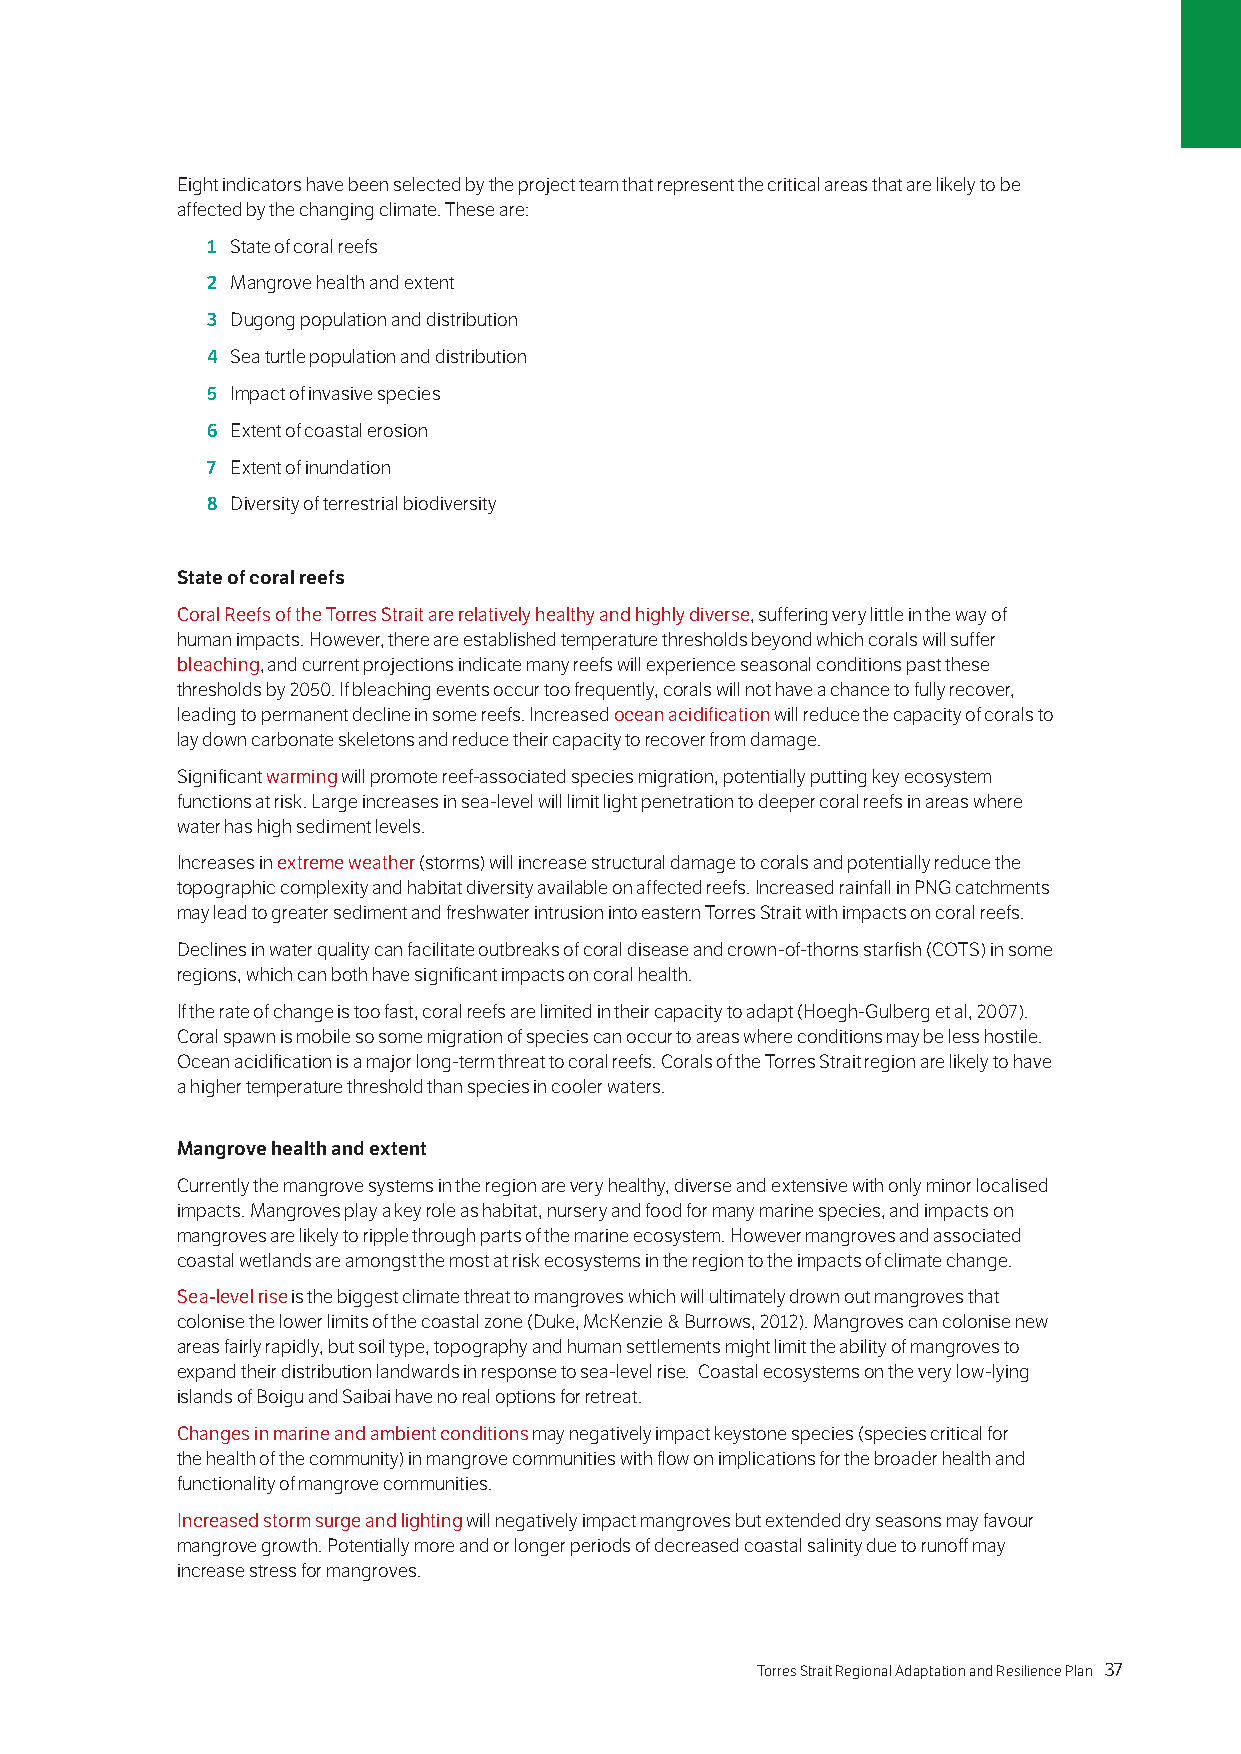
Eight indicators have been selected by the project team that represent the critical areas that are likely to be
 affected by the changing climate. These are:
 1 State of coral reefs
 2 Mangrove health and extent
 3 Dugong population and distribution
 4 Sea turtle population and distribution
 5 Impact of invasive species
 6 Extent of coastal erosion
 7 Extent of inundation
 8 Diversity of terrestrial biodiversity
 State of coral reefs
 Coral Reefs of the Torres Strait are relatively healthy and highly diverse, suffering very little in the way of
 human impacts. However, there are established temperature thresholds beyond which corals will suffer
 bleaching, and current projections indicate many reefs will experience seasonal conditions past these
 thresholds by 2050. If bleaching events occur too frequently, corals will not have a chance to fully recover,
 leading to permanent decline in some reefs. Increased ocean acidification will reduce the capacity of corals to
 lay down carbonate skeletons and reduce their capacity to recover from damage.
 Significant warming will promote reef-associated species migration, potentially putting key ecosystem
 functions at risk. Large increases in sea-level will limit light penetration to deeper coral reefs in areas where
 water has high sediment levels.
 Increases in extreme weather (storms) will increase structural damage to corals and potentially reduce the
 topographic complexity and habitat diversity available on affected reefs. Increased rainfall in PNG catchments
 may lead to greater sediment and freshwater intrusion into eastern Torres Strait with impacts on coral reefs.
 Declines in water quality can facilitate outbreaks of coral disease and crown-of-thorns starfish (COTS) in some
 regions, which can both have significant impacts on coral health.
 If the rate of change is too fast, coral reefs are limited in their capacity to adapt (Hoegh-Gulberg et al, 2007).
 Coral spawn is mobile so some migration of species can occur to areas where conditions may be less hostile.
 Ocean acidification is a major long-term threat to coral reefs. Corals of the Torres Strait region are likely to have
 a higher temperature threshold than species in cooler waters.
 Mangrove health and extent
 Currently the mangrove systems in the region are very healthy, diverse and extensive with only minor localised
 impacts. Mangroves play a key role as habitat, nursery and food for many marine species, and impacts on
 mangroves are likely to ripple through parts of the marine ecosystem. However mangroves and associated
 coastal wetlands are amongst the most at risk ecosystems in the region to the impacts of climate change.
 Sea-level rise is the biggest climate threat to mangroves which will ultimately drown out mangroves that
 colonise the lower limits of the coastal zone (Duke, McKenzie & Burrows, 2012). Mangroves can colonise new
 areas fairly rapidly, but soil type, topography and human settlements might limit the ability of mangroves to
 expand their distribution landwards in response to sea-level rise. Coastal ecosystems on the very low-lying
 islands of Boigu and Saibai have no real options for retreat.
 Changes in marine and ambient conditions may negatively impact keystone species (species critical for
 the health of the community) in mangrove communities with flow on implications for the broader health and
 functionality of mangrove communities.
 Increased storm surge and lighting will negatively impact mangroves but extended dry seasons may favour
 mangrove growth. Potentially more and or longer periods of decreased coastal salinity due to runoff may
 increase stress for mangroves.
 36 Torres Strait Regional Adaptation and Resilience Plan Torres Strait Regional Adaptation and Resilience Plan 37